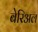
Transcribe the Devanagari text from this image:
बेरिअल